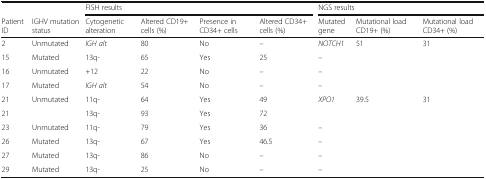
<table><thead><tr><td></td><td></td><td colspan="4"><b>FISH results</b></td><td colspan="3"><b>NGS results</b></td></tr><tr><td><b>Patient ID</b></td><td><b>IGHV mutation status</b></td><td><b>Cytogenetic alteration</b></td><td><b>Altered CD19+ cells (%)</b></td><td><b>Presence in CD34+ cells</b></td><td><b>Altered CD34+ cells (%)</b></td><td><b>Mutated gene</b></td><td><b>Mutational load CD19+ (%)</b></td><td><b>Mutational load CD34+ (%)</b></td></tr></thead><tbody><tr><td>2</td><td>Unmutated</td><td><i>IGH alt</i></td><td>80</td><td>No</td><td>–</td><td><i>NOTCH1</i></td><td>51</td><td>31</td></tr><tr><td>15</td><td>Mutated</td><td>13q-</td><td>65</td><td>Yes</td><td>25</td><td>–</td><td></td><td></td></tr><tr><td>16</td><td>Unmutated</td><td>+12</td><td>22</td><td>No</td><td>–</td><td>–</td><td></td><td></td></tr><tr><td>17</td><td>Mutated</td><td><i>IGH</i><i>alt</i></td><td>54</td><td>No</td><td>–</td><td>–</td><td></td><td></td></tr><tr><td>21</td><td rowspan="2">Unmutated</td><td>11q-</td><td>64</td><td>Yes</td><td>49</td><td rowspan="2"><i>XPO1</i></td><td rowspan="2">39.5</td><td rowspan="2">31</td></tr><tr><td>21</td><td>13q-</td><td>93</td><td>Yes</td><td>72</td></tr><tr><td>23</td><td>Unmutated</td><td>11q-</td><td>79</td><td>Yes</td><td>36</td><td>–</td><td></td><td></td></tr><tr><td>26</td><td>Mutated</td><td>13q-</td><td>67</td><td>Yes</td><td>46.5</td><td>–</td><td></td><td></td></tr><tr><td>27</td><td>Mutated</td><td>13q-</td><td>86</td><td>No</td><td>–</td><td>–</td><td></td><td></td></tr><tr><td>29</td><td>Mutated</td><td>13q-</td><td>25</td><td>No</td><td>–</td><td>–</td><td></td><td></td></tr></tbody></table>